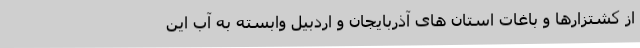
از کشتزارها و باغات استان های آذربایجان و اردبیل وابسته به آب این